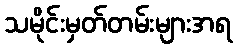
သမိုင်းမှတ်တမ်းများအရ